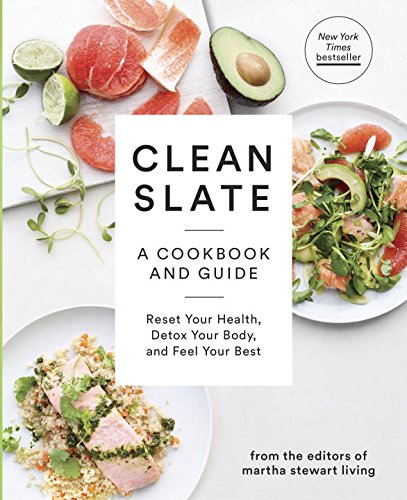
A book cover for Clean Slate: A Cookbook and Guide: Reset Your Health, Detox Your Body, and Feel Your Best; Editors of Martha Stewart Living; Cookbooks, Food & Wine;